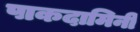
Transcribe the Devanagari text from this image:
पाकदामिनी